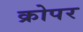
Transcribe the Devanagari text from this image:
क्रोपर